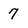
Character: 7